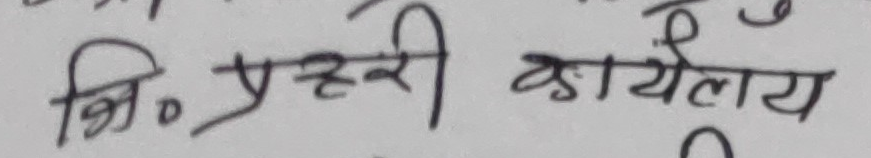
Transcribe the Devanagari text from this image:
बि० प्रहरी कार्यालय